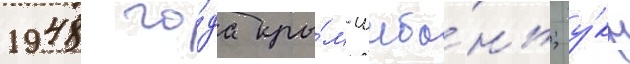
1948 го́да кры́м-шиба́нь; у́кр